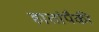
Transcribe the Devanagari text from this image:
हातांपैकी